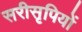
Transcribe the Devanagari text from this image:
सरीसृपियों